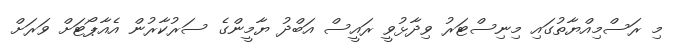
މި ރަސްމިއްޔާތުގައި މިނިސްޓަރު ވިދާޅުވީ ރައީސް އަބްދު ޔާމީންގެ ސަރުކާރުން އެއާޕޯޓަށް ވަރަށް